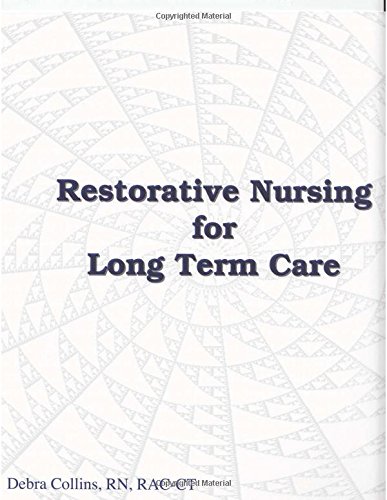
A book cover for Restorative Nursing for Long Term Care (Restorative Nursing Program); RN, RAC-CT Debra Collins; Medical Books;